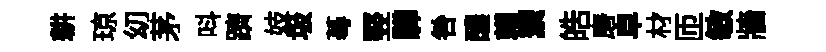
耕琼㓜茅呌躋妓圾蕚竪驊咎醲賴籞皓磨皁材匝敏牆